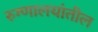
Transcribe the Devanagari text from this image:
रुग्णालयांतील